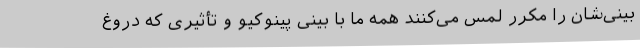
بینی‌شان را مکرر لمس می‌کنند همه ما با بینی پینوکیو و تأثیری که دروغ